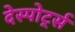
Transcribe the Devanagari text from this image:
देस्पोर्ट्स